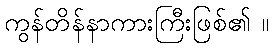
ကွန်တိန်နာကားကြီးဖြစ်၏ ။